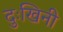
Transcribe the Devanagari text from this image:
दुःखिनी